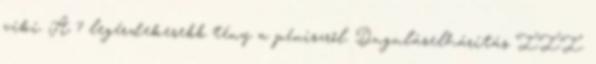
viki. A 7 legérdekesebb tény a péniszről. Duguláselhárítás III.